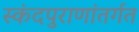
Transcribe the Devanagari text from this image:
स्कंदपुराणांतर्गत